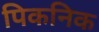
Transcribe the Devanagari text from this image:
पिकनिक